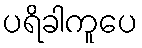
ပရိခါကူပေ